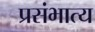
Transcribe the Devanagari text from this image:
प्रसंभात्य